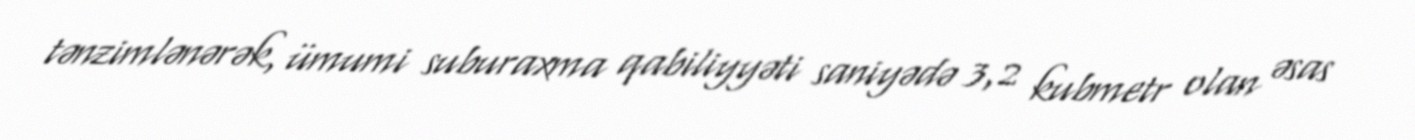
tənzimlənərək, ümumi suburaxma qabiliyyəti saniyədə 3,2 kubmetr olan əsas